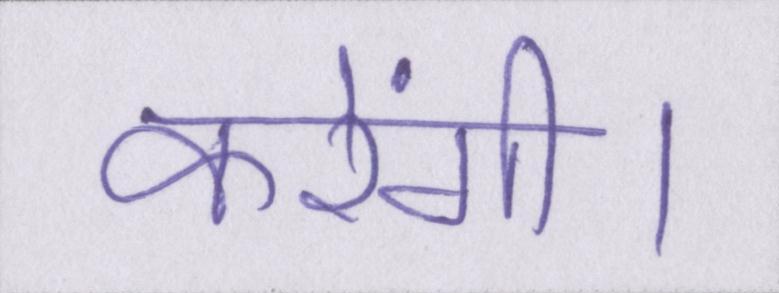
करेंगी।